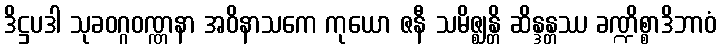
ဒိဋ္ဌပဒါ သုခဝဂ္ဂဝဏ္ဏနာ အဝိနာသကေ ကုယော ဇနီ သမိဇ္ဈန္တိ ဆိန္ဒန္တဿ ခဏ္ဍိစ္စာဒိဘာဝံ